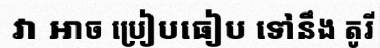
វា អាច ប្រៀបធៀប ទៅនឹង តូរី